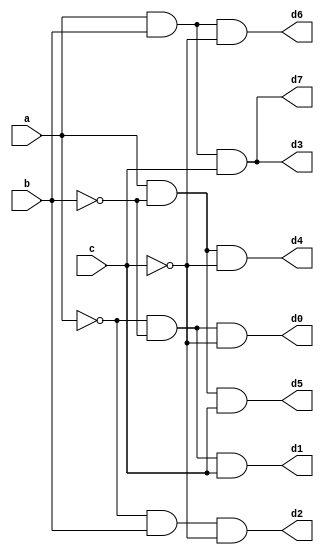
///////////////////////////////////////////////////////////////////////////
// Company: 
// Create Date:
// Module Name: Decoder
// Project Name: 3:8 Decoder
///////////////////////////////////////////////////////////////////////////


module Decoder3x8(a,b,c,d0,d1,d2,d3,d4,d5,d6,d7);

input a,b,c;
output d0,d1,d2,d3,d4,d5,d6,d7;
wire aNot, bNot, cNot;

not(aNot, a);
not(bNot, b);
not(cNot, c);

and(d0, aNot, bNot, cNot);
and(d1, aNot, bNot, c);
and(d2, aNot, b, cNot);
and(d3, a, b, c);
and(d4, a, bNot, cNot);
and(d5, a, bNot, c);
and(d6, a, b, cNot);
and(d7, a, b, c);

/*
assign d0 = ( ~a & ~b & ~c),
       d1 = ( ~a & ~b & c),
       d2 = ( ~a & b & ~c),
       d3 = ( ~a & b & c),
       d4 = ( a & ~b & ~c),
       d5 = ( a & ~b & c),
       d6 = ( a & b & ~c),
       d7 = ( a & b & c);
       
*/

endmodule